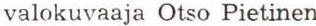
valokuvaaja Otso Pietinen